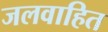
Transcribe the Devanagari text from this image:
जलवाहित